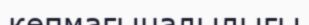
көпмағыналылығы